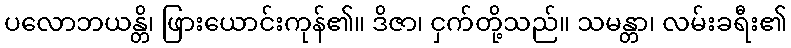
ပလောဘယန္တိ၊ ဖြားယောင်းကုန်၏။ ဒိဇာ၊ ငှက်တို့သည်။ သမန္တာ၊ လမ်းခရီး၏